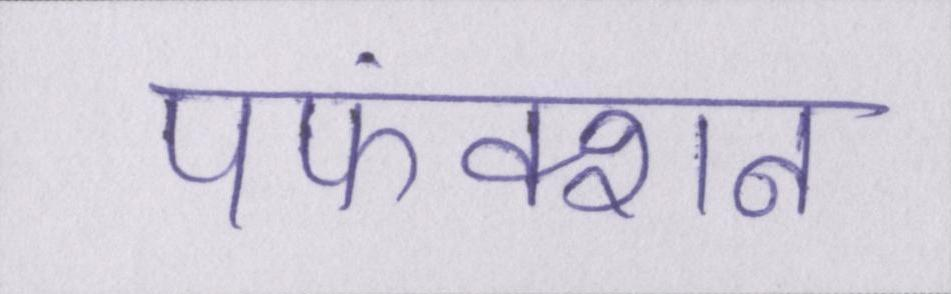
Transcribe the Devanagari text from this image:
पफंक्शन